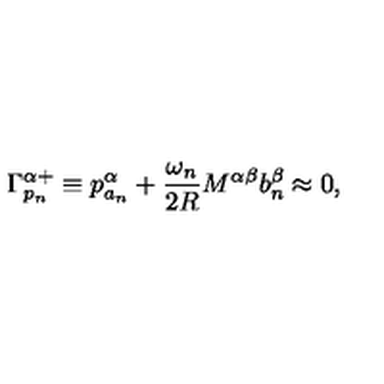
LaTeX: \Gamma _ { p _ { n } } ^ { \alpha + } \equiv p _ { a _ { n } } ^ { \alpha } + \frac { \omega _ { n } } { 2 R } M ^ { \alpha \beta } b _ { n } ^ { \beta } \approx 0 , \,